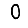
Digit: 0